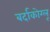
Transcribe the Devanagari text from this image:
बर्दाकोग्लू